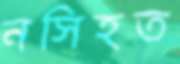
নসিহত